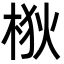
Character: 梑